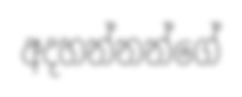
අදහන්නන්ගේ